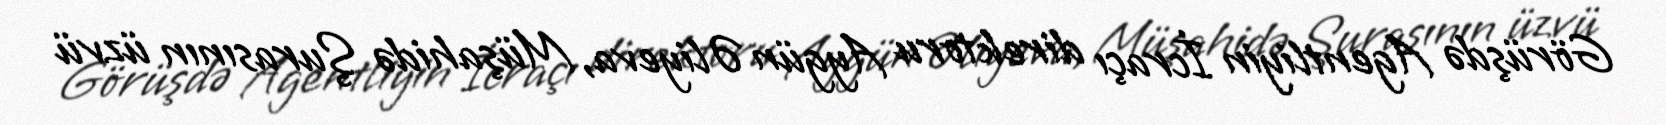
Görüşdə Agentliyin İcraçı direktoru Aygün Əliyeva, Müşahidə Şurasının üzvü